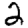
Digit: 2